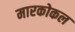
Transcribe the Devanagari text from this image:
मारकोकल